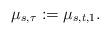
LaTeX: \begin{align*}\mu_{s,\tau}:=\mu_{s,t,1}.\end{align*}